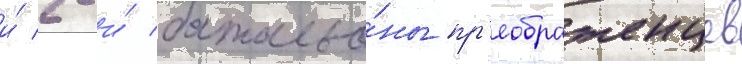
и́ 2-и́ батальо́ны пр'еображенцев